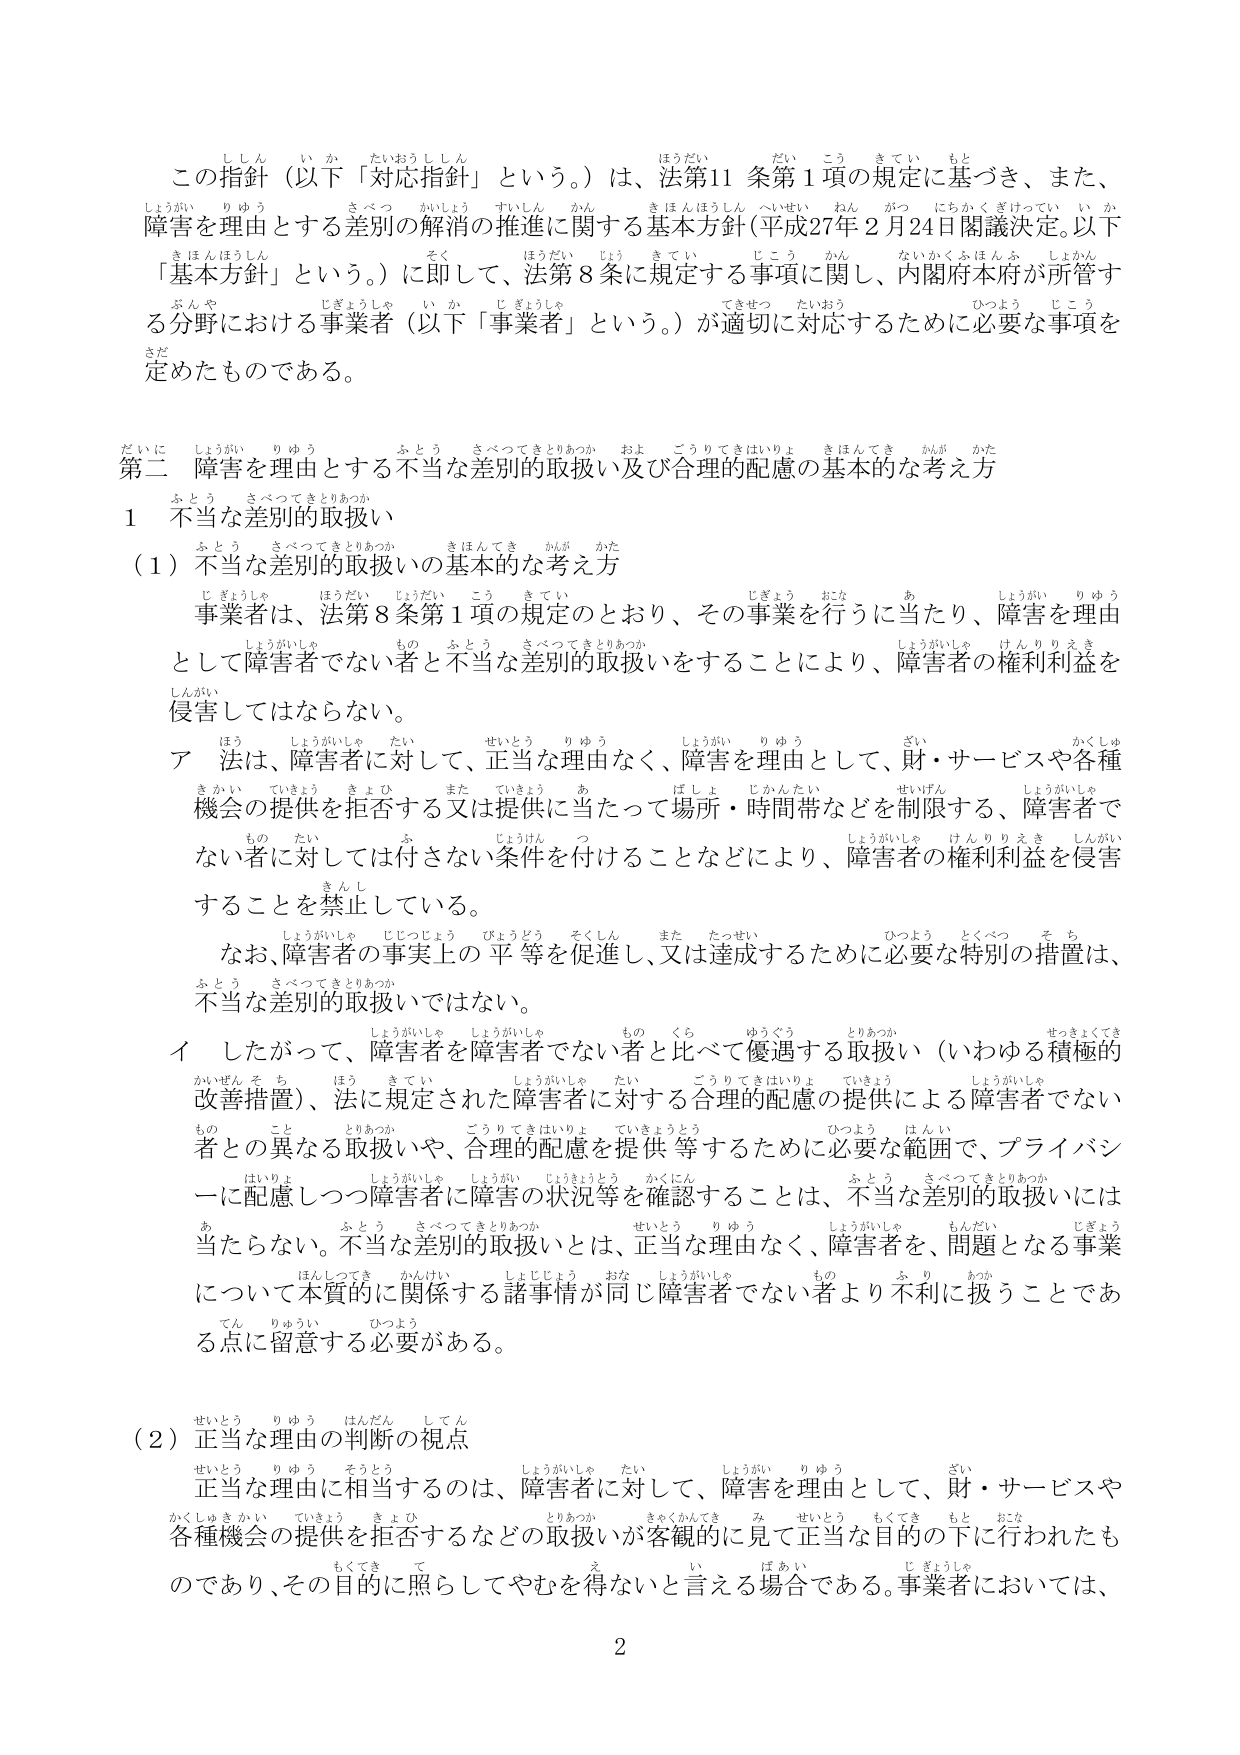
この指針（以下「対応指針」という。）は、法第11条第1項の規定に基づき、また、
障害を理由とする差別の解消の推進に関する基本方針（平成27年2月24日閣議決定。以下
「基本方針」という。）に即して、法第8条に規定する事項に関し、内閣府本府が所管す
る分野における事業者（以下「事業者」という。）が適切に対応するために必要な事項を
定めたものである。

第二 障害を理由とする不当な差別の取扱い及び合理的配慮の基本的な考え方

1 不当な差別の取扱い

（1）不当な差別的取扱いの基本的な考え方

事業者は、法第8条第1項の規定のとおり、その事業を行うに当たり、障害を理由
として障害者でない者と不当な差別的取扱いをすることにより、障害者の権利利益を
侵害してはならない。

ア 法は、障害者に対して、正当な理由なく、障害を理由として、財・サービスや各種
機会の提供を拒否する又は提供に当たって場所・時間帯などを制限する、障害者で
ない者に対しては付さない条件を付けることなどにより、障害者の権利利益を侵害
することを禁止している。

なお、障害者の事実上の平等を促進し、又は達成するために必要な特別の措置は、
不当な差別的取扱いではない。

イ したがって、障害者を障害者でない者と比べて優遇する取扱い（いわゆる積極的
改善措置）、法に規定された障害者に対する合理的配慮の提供による障害者でない
者との異なる取扱いや、合理的配慮を提供等するために必要な範囲で、プライバシ
ーに配慮しつつ障害者に障害の状況等を確認することは、不当な差別的取扱いには
当たらない。不当な差別的取扱いとは、正当な理由なく、障害者を、問題となる事業
について本質的に関係する諸事情が同じ障害者でない者より不利に扱うことであ
る点に留意する必要がある。

（2）正当な理由の判断の視点

正当な理由に相当するのは、障害者に対して、障害を理由として、財・サービスや
各種機会の提供を拒否するなどの取扱いが客観的に見て正当な目的の下に行われたも
のであり、その目的に照らしてやむを得ないと言える場合である。事業者においては、